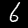
Label: 6